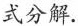
式分解.